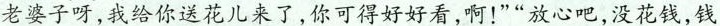
老婆子呀,我给你送花儿来了,你可得好好看,啊!”“放心吧,没花钱,钱